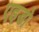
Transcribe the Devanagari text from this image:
एइडो